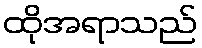
ထိုအရာသည်